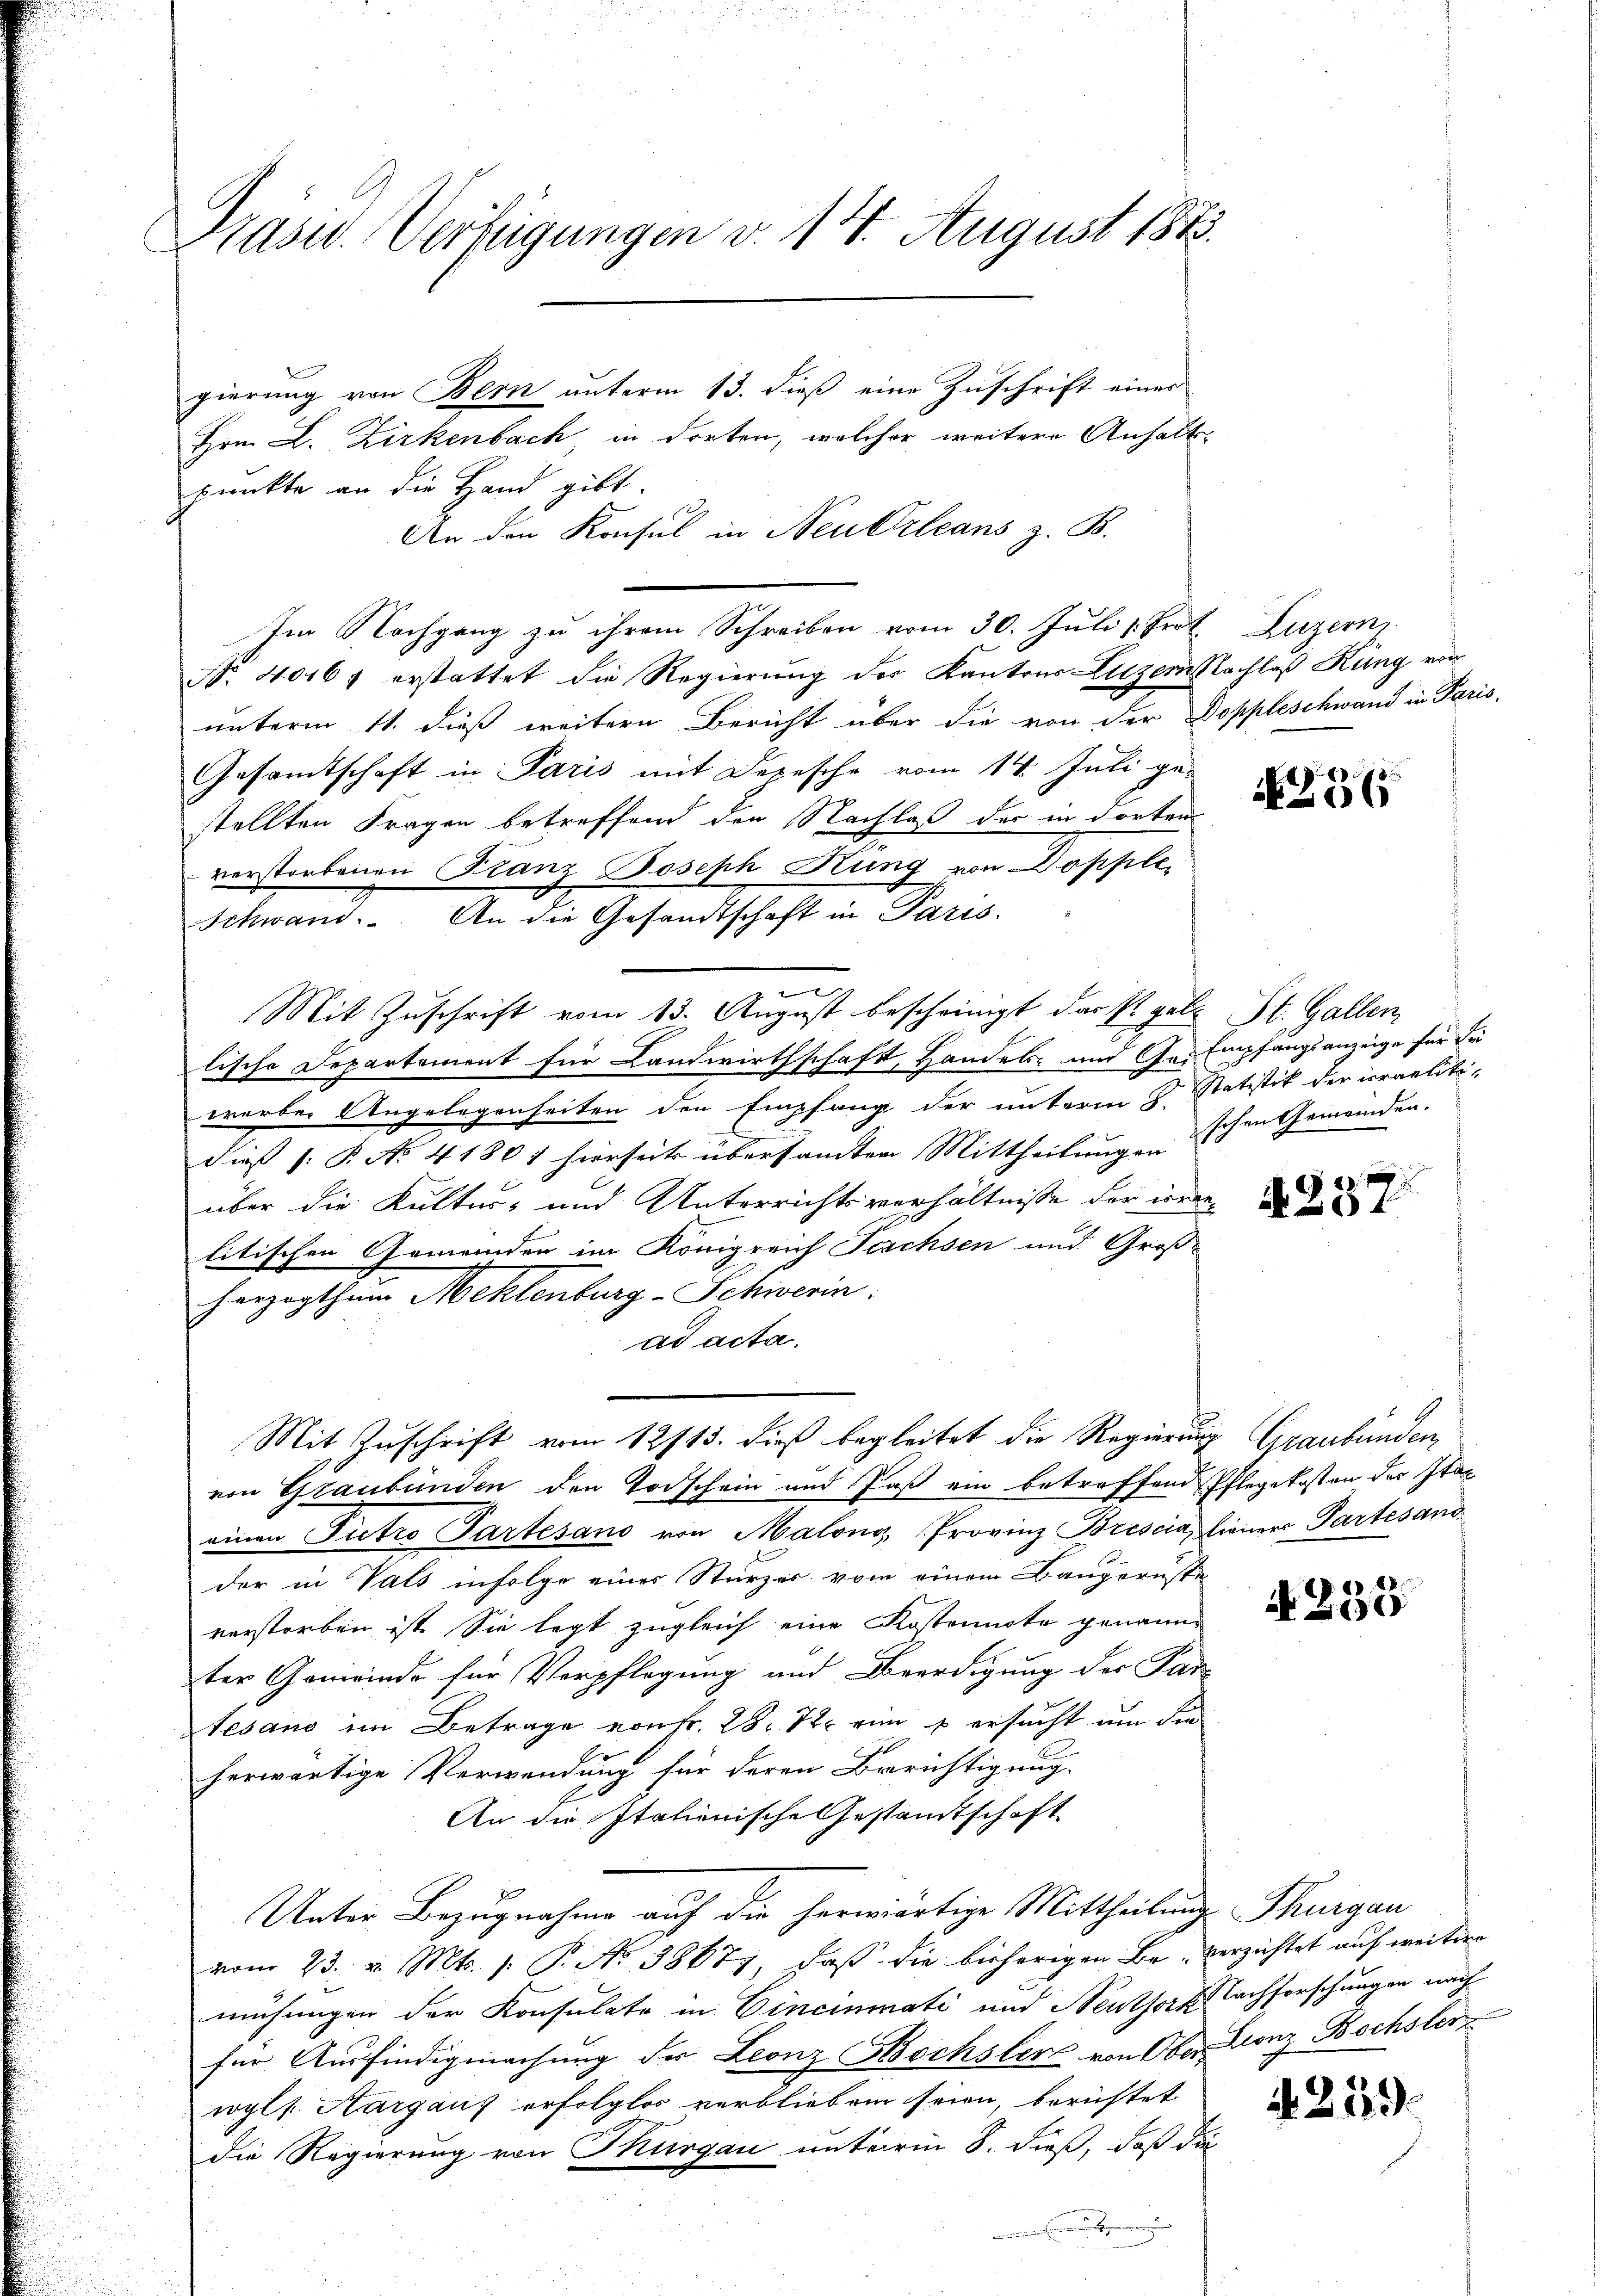
Präsid. Verfügungen d. 14. August 1883.

gierung von Bern unterm 13. dieß eine Zuschrift einer
Hrn. L. Zirkenbach, in dorten, welcher weitere Anhaltpunkte an die Hand gibt.
An den Konsul in Neuerleans z. B.
Im Nachgang zu ihrem Schreiben vom 30. Juli 1. Prof. Luzern
Nr. 4016) erstattet die Regierung der Kantons Luzern Nachlaß Kung von
unterm 11. dieß weitern Bericht über die von der Doppleschwand in Paris-
Gesamtschaft in Paris mit Depesche vom 14. Juli ge-
stellten Fragen betreffend den Nachlaß der in dorten
verstorbenen Franz Joseph Rung von Dopplee
Mit Zuschrift vom 13. August bescheinigt das P. galt St. Gallen,
lische Departement für Landwirthschaft, Handels- und Ge-Empfangsanzeige für die
werben Angelegenheiten den Empfang der unterm 8. Statistik der irraelitidieß (: P. No 41801 hierseit übersandten Mittheilungen |
über die Kultur- und Unterrichtsverhältnisse der wordelitischen Gemeinden im Königreich Forchsen und Groß-
herzogthum Mehlenburg-Schwerin:
ad acta.
Mit Zuschrift vom 12/13. dieß begleitet die Regierung Graubünden,
von Graubünden den Todschein und daß ein betreffend Pflegekosten der Itaeinen Pietro Partesano von Malony, Provinz Brescia liener Partesand
der in Vals infolge einer Sturzer vom einem Baugerüste
verstorben ist. Sie legt zugleich eine Kostennote genannter Gemeinde für Verpflegung und Beerdigung der Par-
Tesano im Betrage von Fr. 28. 7. ein u ersucht um die
herwärtige Verwendung für deren Berichtigung.
An die Italienische Gestandtschaft
Unter Bezugnahme auf die herwärtige Mittheilung Thurgau
vom 23. v. Mts. f. P. Nr. 38687, daß die bisherigen Bei verzichtet auf weitere
mühungen der Konsulate in Cincinati und Neuthorf Nachforschungen nach
für Ausfindigmachung der Leonz Bochsler von Ober-Lonz Bochsler
wyls. Aargauf erfolglos verblieben seien, berichtet
die Regierung von Thurgau unterm 8. dieß, daß die
.

Schwand. An die Gesandtschaft in Paris.

2365

schen Gemeinden.

4287.

A 238

A. 259.